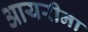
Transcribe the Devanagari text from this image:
आयरीना